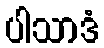
ပါသာဒံ